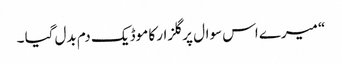
“ میرے اس سوال پر گلزار کا موڈ یک دم بدل گیا ۔